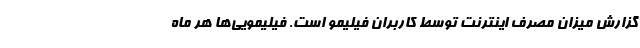
گزارش میزان مصرف اینترنت توسط کاربران فیلیمو است. فیلیمویی‌ها هر ماه